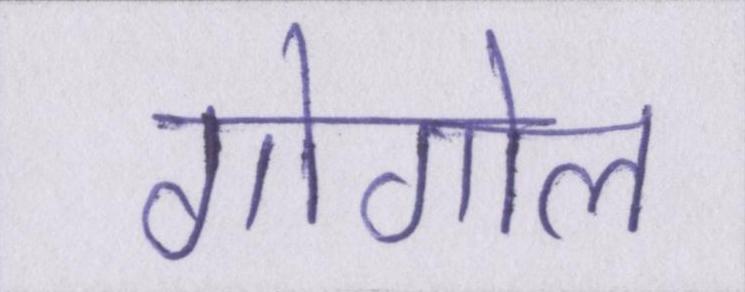
गोगोल